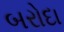
બરોદા